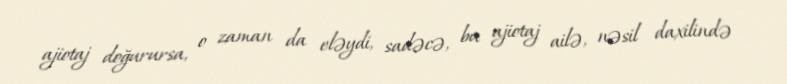
ajiotaj doğurursa, o zaman da eləydi, sadəcə, bu ajiotaj ailə, nəsil daxilində